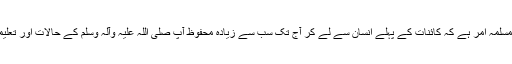
یہ ایک مسلمہ اَمر ہے کہ کائنات کے پہلے انسان سے لے کر آج تک سب سے زیادہ محفوظ آپ صلی اللہ علیہ وآلہ وسلم کے حالات اور تعلیمات ہیں۔